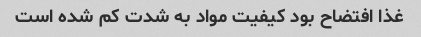
غذا افتضاح بود کیفیت مواد به شدت کم شده است